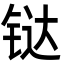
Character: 𫟼